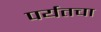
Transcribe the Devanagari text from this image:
पर्यतचा